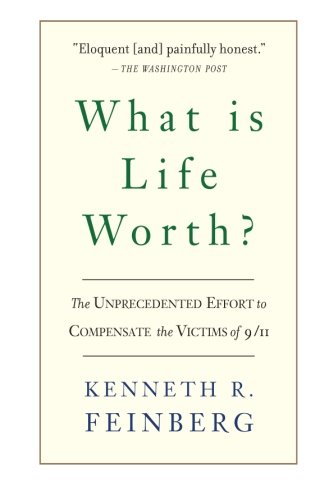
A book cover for What Is Life Worth?: The Inside Story of the 9/11 Fund and Its Effort to Compensate the Victims of September 11th; Kenneth R. Feinberg; Biographies & Memoirs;